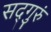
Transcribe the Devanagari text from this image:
सद्‌गुरुं